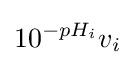
10^{-pH_{i}}v_{i}